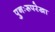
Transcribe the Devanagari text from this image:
पुनःरूपरेखा